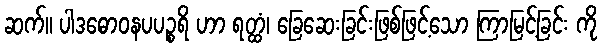
ဆက်။ ပါဒဓောဝနပပဉ္စရိ ဟာ ရတ္ထံ၊ ခြေဆေးခြင်းဖြစ်ဖြင့်သော ကြာမြင့်ခြင်း ကို